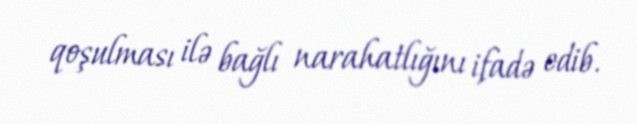
qoşulması ilə bağlı narahatlığını ifadə edib.